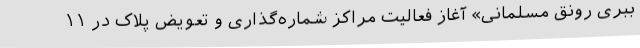
ببری رونق مسلمانی» آغاز فعالیت مراکز شماره‌گذاری و تعویض پلاک در ۱۱